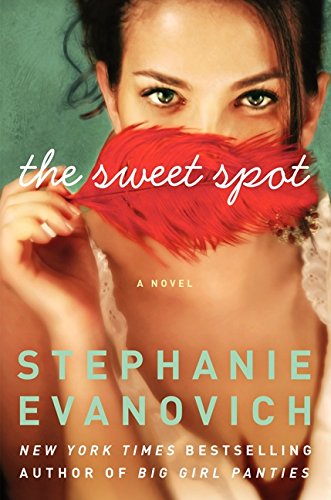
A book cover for The Sweet Spot: A Novel; Stephanie Evanovich; Romance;